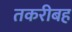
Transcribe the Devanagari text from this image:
तकरीबह